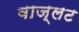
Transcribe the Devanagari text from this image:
बाज्लट